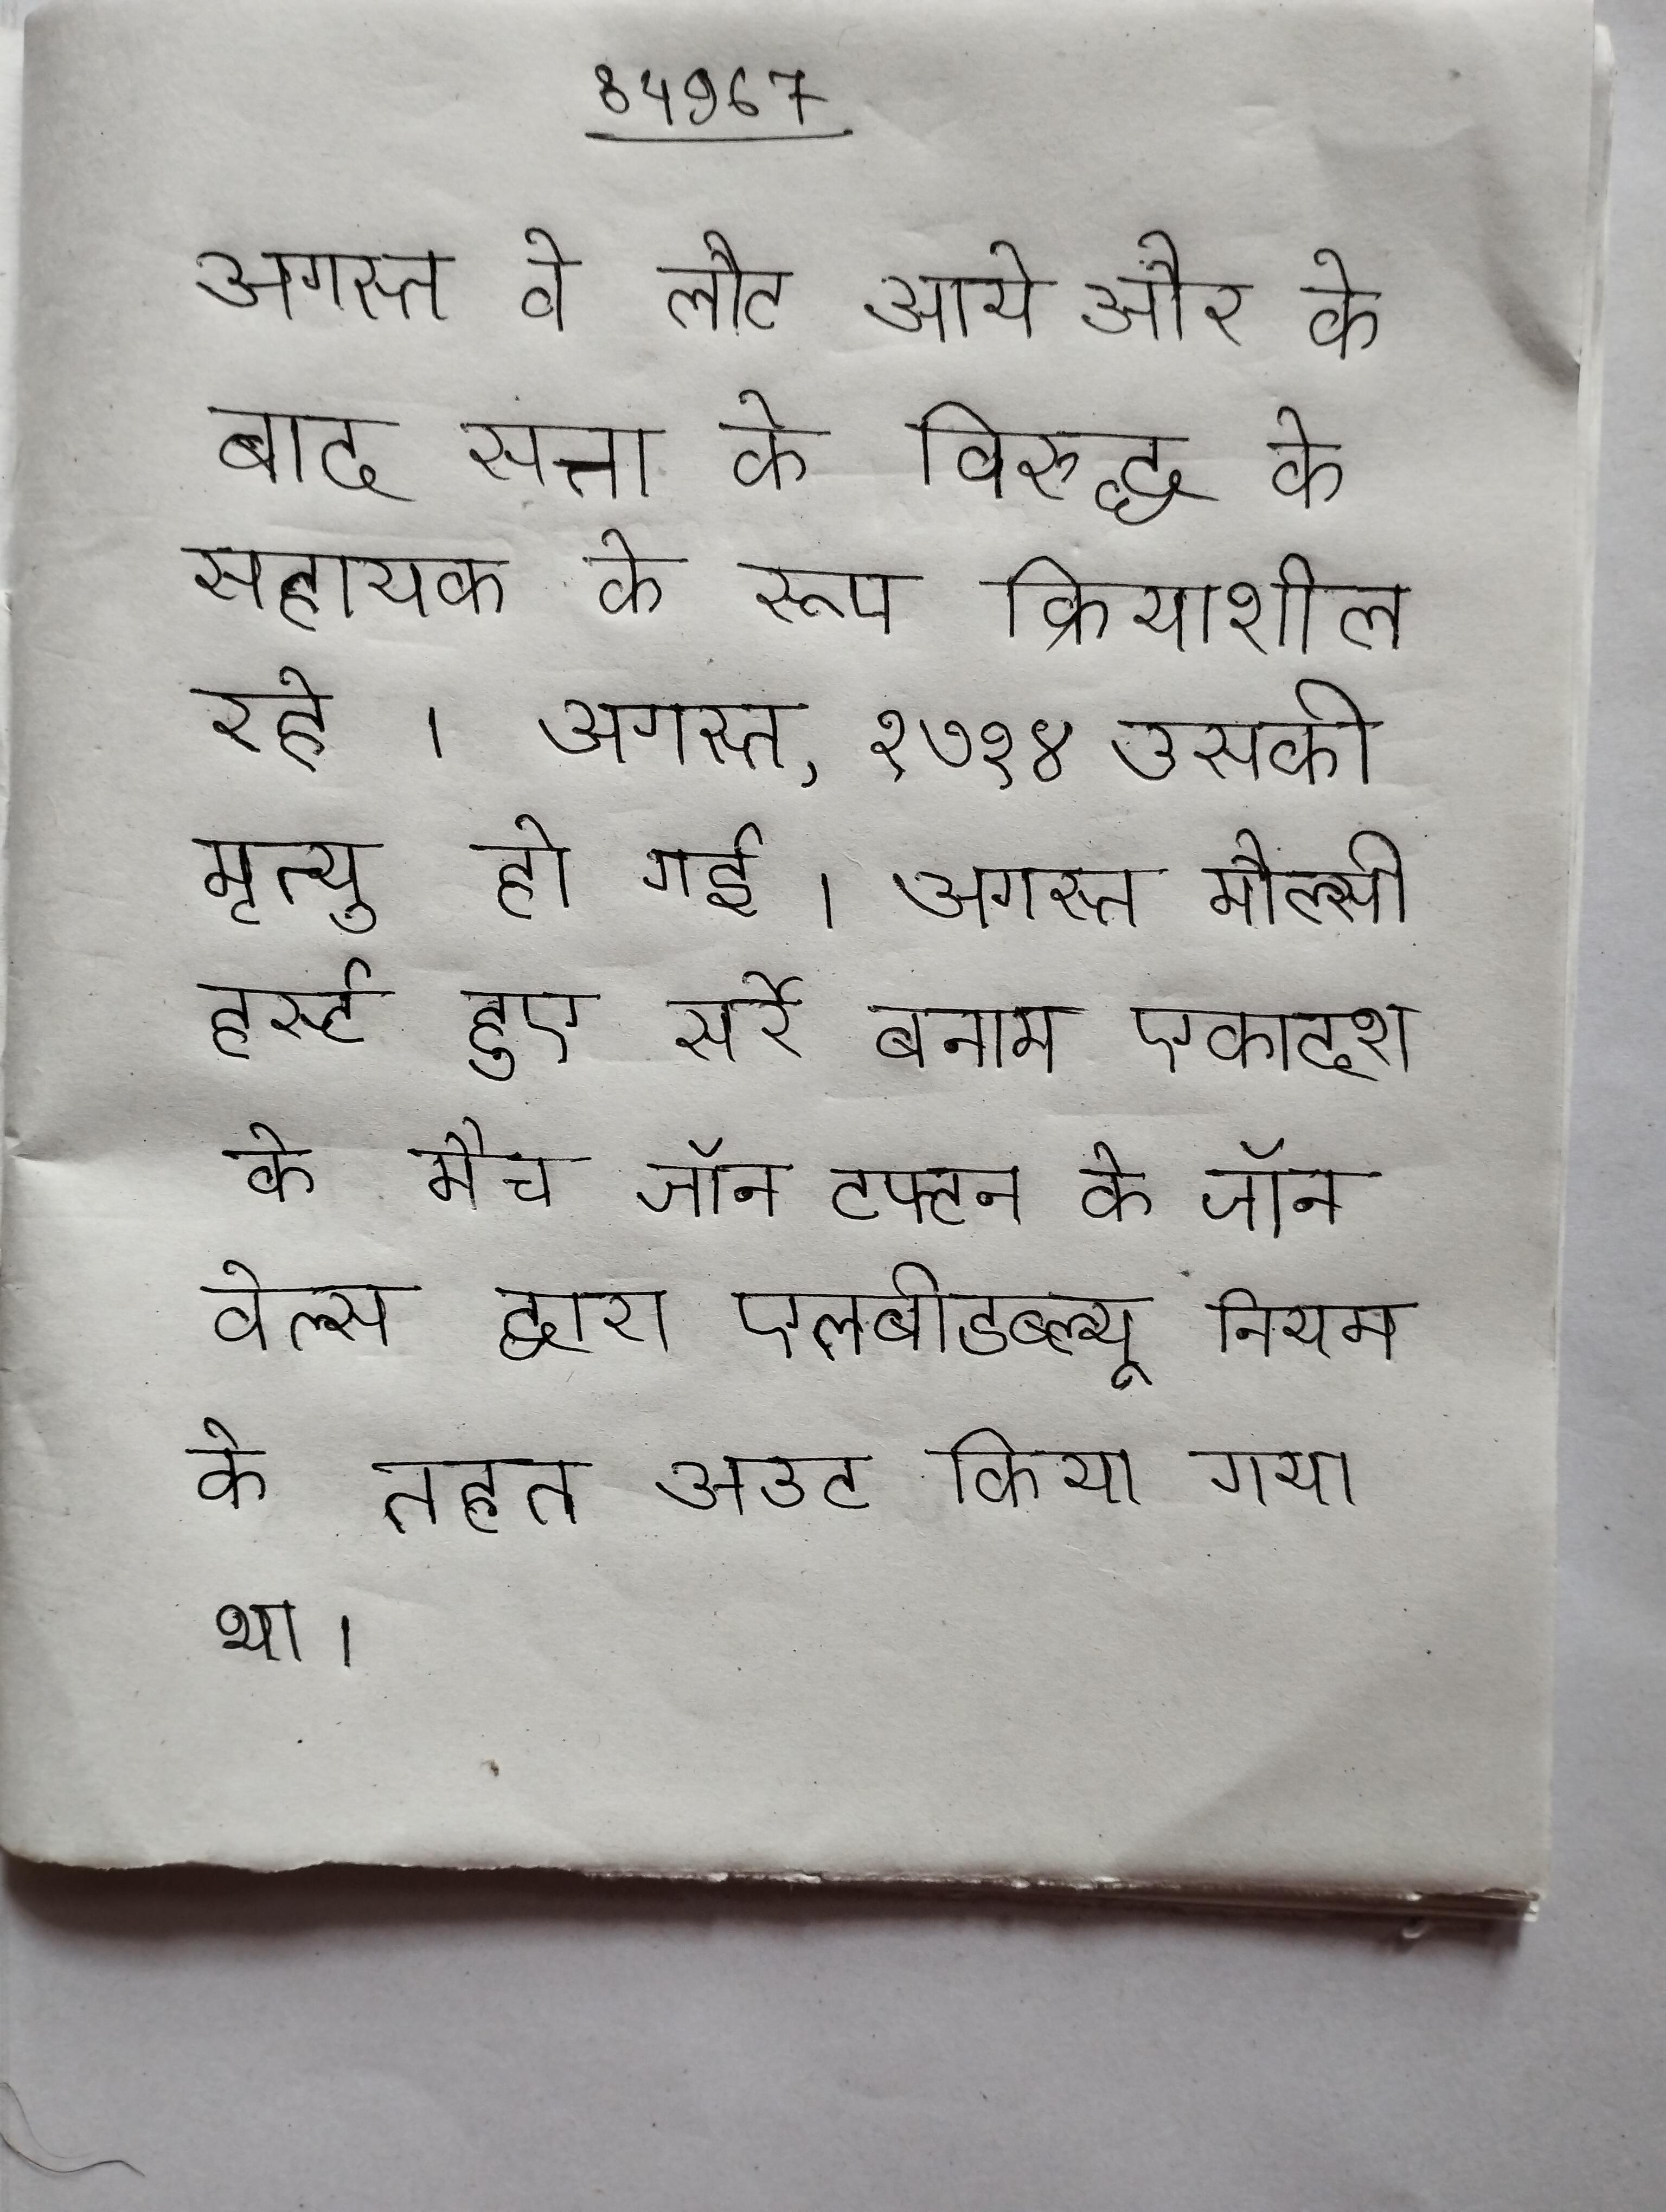
अगस्त वे लौट आये और के बाद सत्ता के विरुद्ध के सहायक के रूप क्रियाशील रहे । अगस्त, १७१४ उसकी मृत्यु हो गई । अगस्त मौल्सी हर्स्ट हुए सर्रे बनाम एकादश के मैच जॉन टफ्टन को जॉन वेल्स द्वारा एलबीडब्ल्यू नियम के तहत आउट किया गया था ।